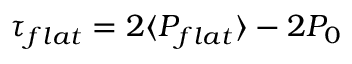
\tau _ { f l a t } = 2 \langle P _ { f l a t } \rangle - 2 P _ { 0 }